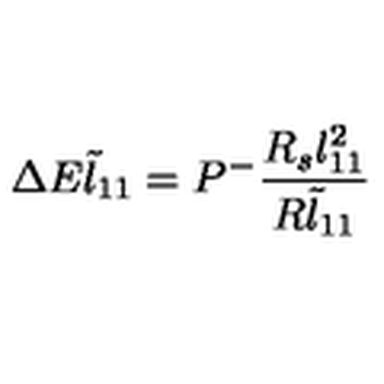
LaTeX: \Delta E \tilde { l } _ { 1 1 } = P ^ { - } \frac { R _ { s } { l } _ { 1 1 } ^ { 2 } } { R \tilde { l } _ { 1 1 } }